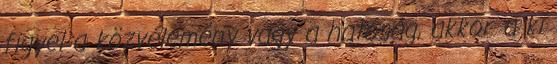
figyel a közvélemény vagy a hatóság, akkor a ki